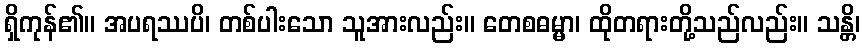
ရှိကုန်၏။ အပရဿပိ၊ တစ်ပါးသော သူအားလည်း။ တေစဓမ္မာ၊ ထိုတရားတို့သည်လည်း။ သန္တိ၊